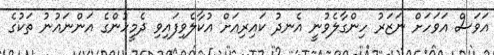
އަވަސް އަވަހަށް ނަޒަރު ހިންގާލެވުނީ އެނދު ކައިރިއަށް އުކާލެވިފައިވި ދެމީހުންގެ އަންނައުނު ތަކުގެ